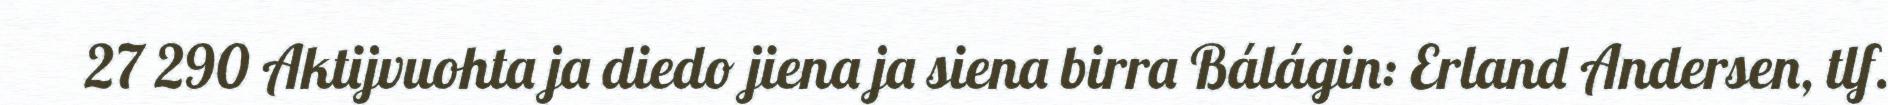
27 290 Aktijvuohta ja diedo jiena ja siena birra Bálágin: Erland Andersen, tlf.